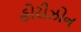
હોરીઝોન